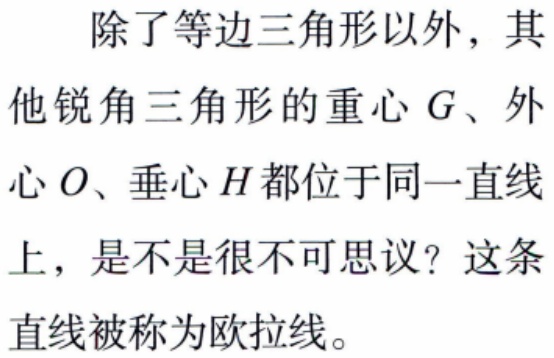
除了等边三角形以外，其他锐角三角形的重心\(G\)、外心\(O\)、垂心\(H\)都位于同一直线上，是不是很不可思议？这条直线被称为欧拉线。